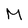
Character: M